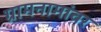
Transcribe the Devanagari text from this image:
ग्रामनामांवर